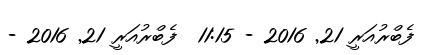
ފެބްރުއަރީ 21